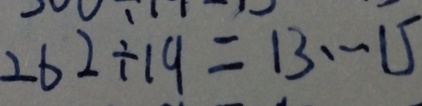
2 6 2 \div 1 9 = 1 3 \cdots 1 5